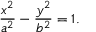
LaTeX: { \frac { x ^ { 2 } } { a ^ { 2 } } } - { \frac { y ^ { 2 } } { b ^ { 2 } } } = 1 .